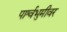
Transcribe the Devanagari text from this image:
पार्श्वभुमीवर